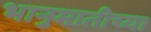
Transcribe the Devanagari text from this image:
भानुमातीच्या